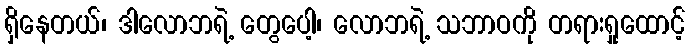
ရှိနေတယ်၊ ဒါလောဘရဲ့ တွေပေါ့၊ လောဘရဲ့ သဘာဝကို တရားရှုထောင့်